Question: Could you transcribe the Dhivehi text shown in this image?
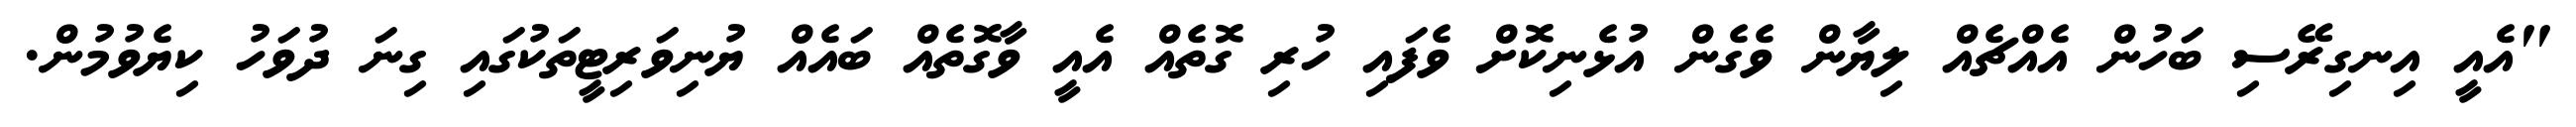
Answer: "އެއީ އިނގިރޭސި ބަހުން އެއްޗެއް ލިޔާން ވެގެން އުޅެނިކޮށް ވެފައި ހުރި ގޮތެއް އެއީ ވާގޮތެއް ބައެއް ޔުނިވަރިޓީތަކުގައި ގިނަ ދުވަހު ކިޔެވުމުން.